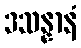
ဒသန္နာနံ